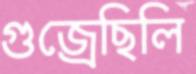
গুজ্‌রেছিলি